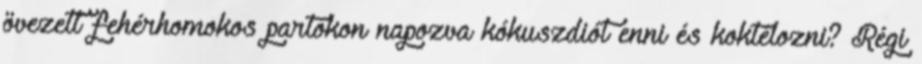
övezett fehérhomokos partokon napozva kókuszdiót enni és koktélozni? Régi